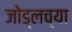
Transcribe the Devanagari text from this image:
जोड्लच्या